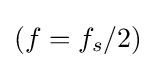
(f=f_{s}/2)